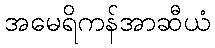
အမေရိကန်အာဆီယံ